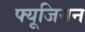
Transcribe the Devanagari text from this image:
फ्यूजियन